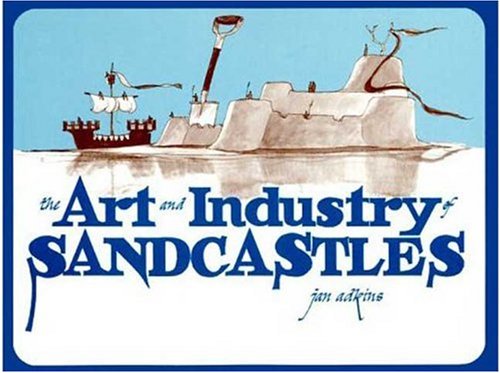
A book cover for The Art and Industry of Sandcastles; Jan Adkins; Teen & Young Adult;